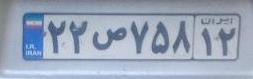
۲۲ص۷۵۸۱۲